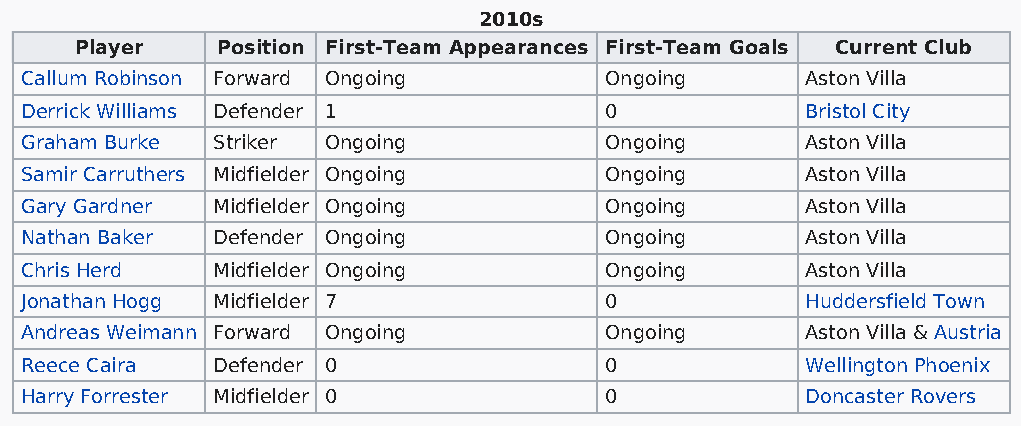
2010s
 Player   Position First-Team Appearances First-Team Goals Current Club
 Callum Robinson Forward Ongoing        Ongoing      Aston Villa
 Derrick Williams Defender 1            0            Bristol City
 Graham Burke Striker Ongoing           Ongoing      Aston Villa
 Samir Carruthers Midfielder Ongoing    Ongoing      Aston Villa
 Gary Gardner Midfielder Ongoing        Ongoing      Aston Villa
 Nathan Baker Defender Ongoing          Ongoing      Aston Villa
 Chris Herd   Midfielder Ongoing        Ongoing      Aston Villa
 Jonathan Hogg Midfielder 7             0            Huddersfield Town
 Andreas Weimann Forward Ongoing        Ongoing      Aston Villa & Austria
 Reece Caira  Defender 0                0            Wellington Phoenix
 Harry Forrester Midfielder 0           0            Doncaster Rovers